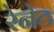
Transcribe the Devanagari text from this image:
रेनेठ